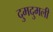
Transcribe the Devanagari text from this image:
दुमदुमली